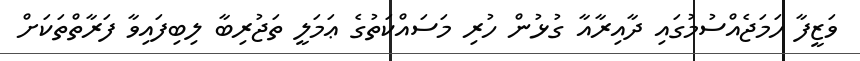
ވަޒީފާ ހަމަޖެއްސުމުގައި ދާއިރާއާ ގުޅުން ހުރި މަސައްކަތުގެ ޢަމަލީ ތަޖުރިބާ ލިބިފައިވާ ފަރާތްތަކަށް